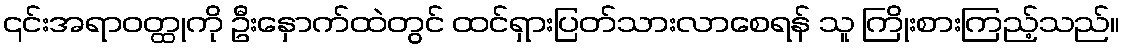
၎င်းအရာဝတ္ထုကို ဦးနှောက်ထဲတွင် ထင်ရှားပြတ်သားလာစေရန် သူ ကြိုးစားကြည့်သည်။